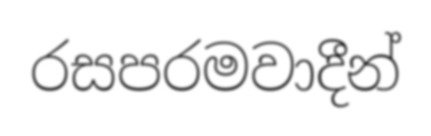
රසපරමවාදීන්